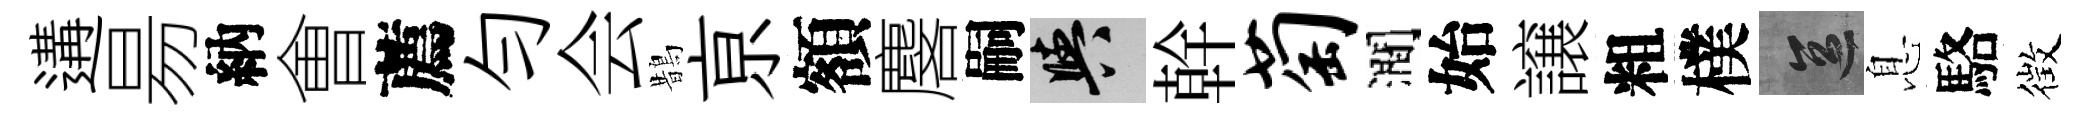
遘昜納㑹薦勻会鵲亰額麐嗣阳幹萄澗始譲粗樸區息駱徴